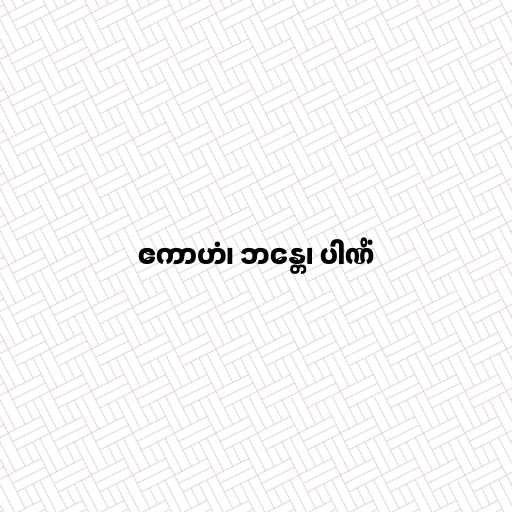
ဧကာဟံ၊ ဘန္တေ၊ ပါဏိံ